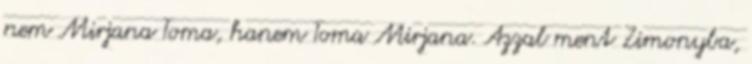
nem Mirjana Toma, hanem Toma Mirjana. Azzal ment Zimonyba,